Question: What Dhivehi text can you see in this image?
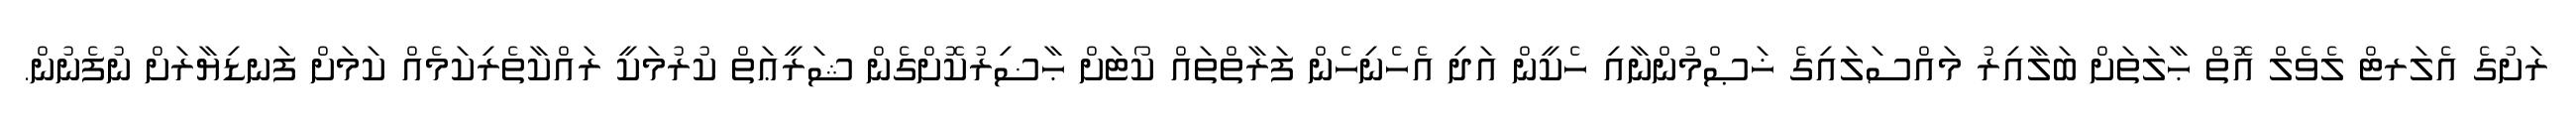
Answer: ރަށުގެ އެލަރޓް ލެވެލް އޮތް ޙާލަތަށް ބަލާއިރު މައްސަލައިގެ ޚަޞްމުންނާއި ހެކީން އަދި އެހެނިހެން ފަރާތްތައް ކޯޓަށް ޙާޟިރުކޮށްގެން ޝަރީޢަތް ކުރުމަކީ ރައްކާތެރިކަމެއް ކަމަށް ފަނޑިޔާރަށް ނުފެނުން.